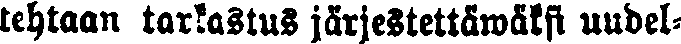
tehtaan tarkastus järjestettäwäksi uudel-